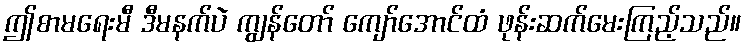
ဤစာမရေးမီ ဒီမနက်ပဲ ကျွန်တော် ကျော်အောင်ထံ ဖုန်းဆက်မေးကြည့်သည်။